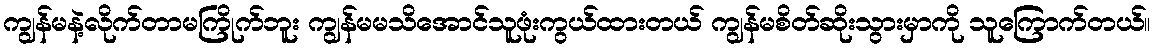
ကျွန်မနဲ့လိုက်တာမကြိုက်ဘူး ကျွန်မမသိအောင်သူဖုံးကွယ်ထားတယ် ကျွန်မစိတ်ဆိုးသွားမှာကို သူကြောက်တယ်။